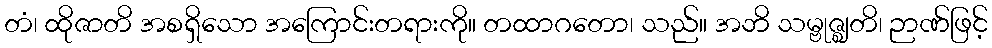
တံ၊ ထိုဇာတိ အစရှိသော အကြောင်းတရားကို။ တထာဂတော၊ သည်။ အဘိ သမ္ဗုဇ္ဈတိ၊ ဉာဏ်ဖြင့်